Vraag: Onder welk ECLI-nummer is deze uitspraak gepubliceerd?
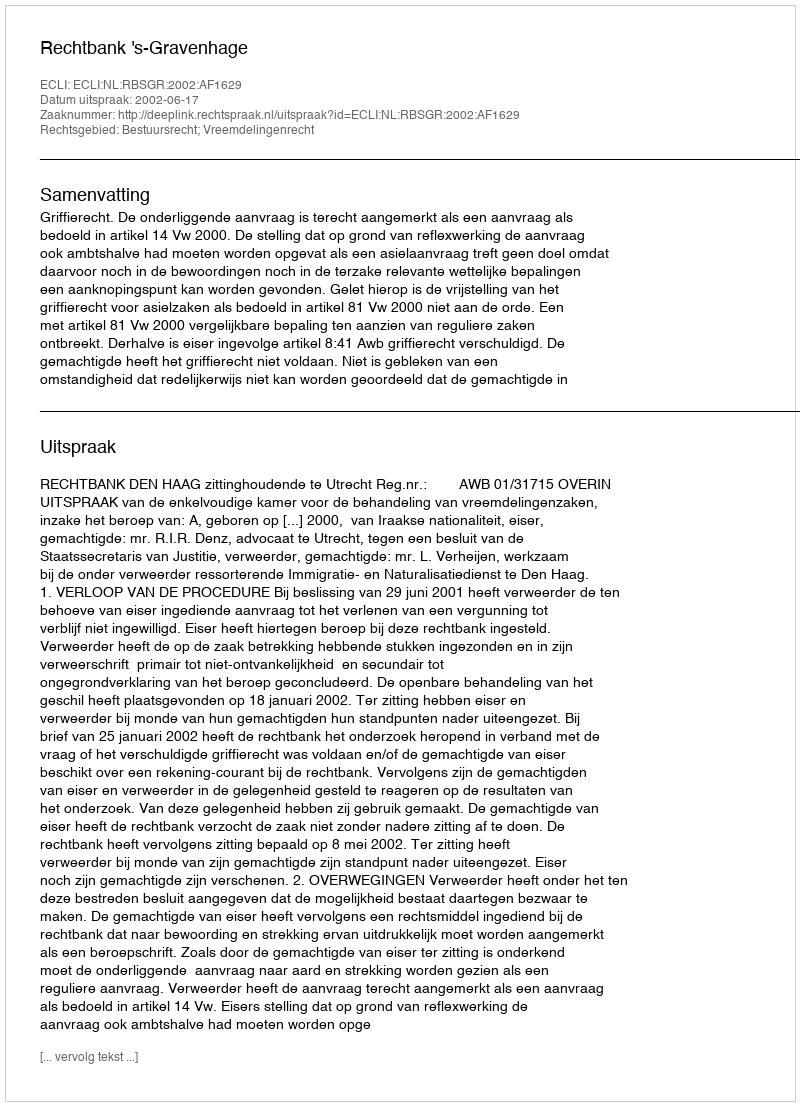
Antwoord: ECLI:NL:RBSGR:2002:AF1629